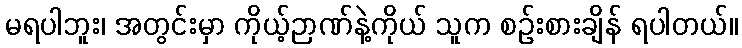
မရပါဘူး၊ အတွင်းမှာ ကိုယ့်ဉာဏ်နဲ့ကိုယ် သူက စဉ်းစားချိန် ရပါတယ်။